Document type: Sale
Year: 1323
Scribe: Guillem Coscoll
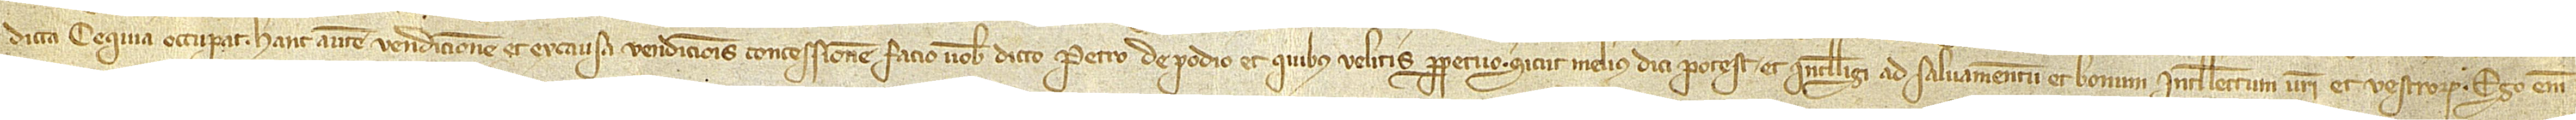
dicta cequia occupat. Hanc autem vendicionem et ex causa vendicionis concessionem facio vobis dicto Petro de Podio et quibus velitis perpetuo sicut melius dici potest et intelligi ad salvamentum et bonum intellectum vestri et vestrorum. Ego enim